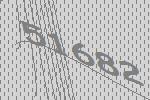
51682